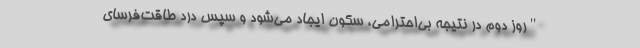
"روز دوم در نتیجه بی‌احترامی، سکون ایجاد می‌شود و سپس درد طاقت‌فرسای